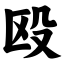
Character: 殴